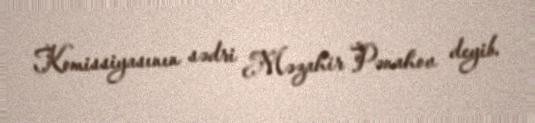
Komissiyasının sədri Məzahir Pənahov deyib.